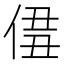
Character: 𠊣